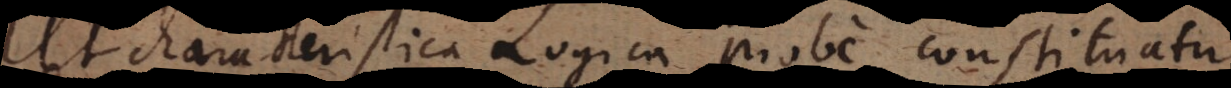
Ut characteristica Logica probe constituatur,